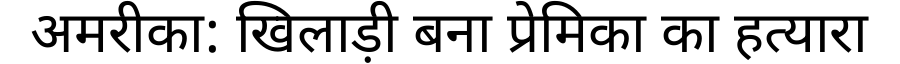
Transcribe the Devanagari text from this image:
अमरीका: खिलाड़ी बना प्रेमिका का हत्यारा